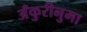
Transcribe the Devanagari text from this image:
अँकुरीनुमा